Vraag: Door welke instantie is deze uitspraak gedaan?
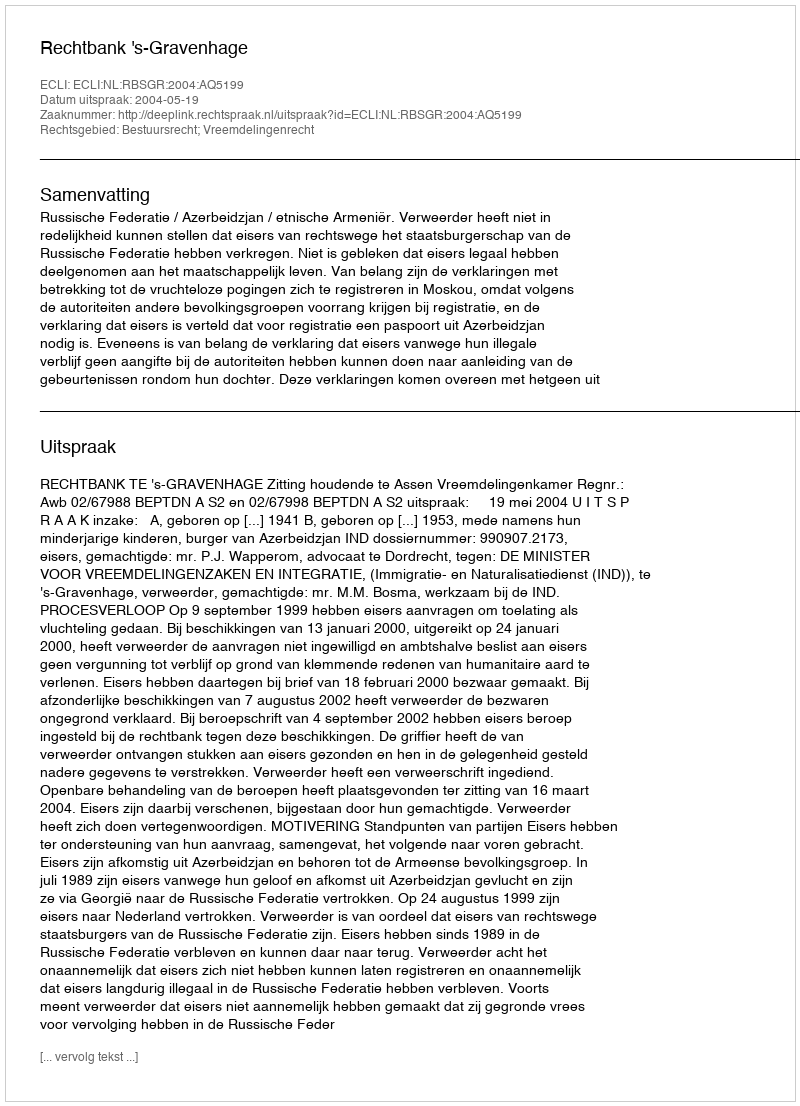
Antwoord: Rechtbank 's-Gravenhage